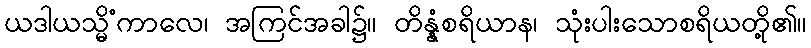
ယဒါယသ္မိံကာလေ၊ အကြင်အခါ၌။ တိန္နံစရိယာန၊ သုံးပါးသောစရိယတို့၏။